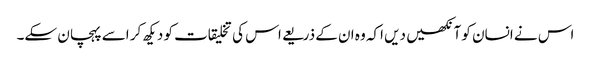
اس نے انسان کو آنکھیں دیں اکہ وہ ان کے ذریعے اس کی تخلیقات کو دیکھ کر اسے پہچان سکے۔